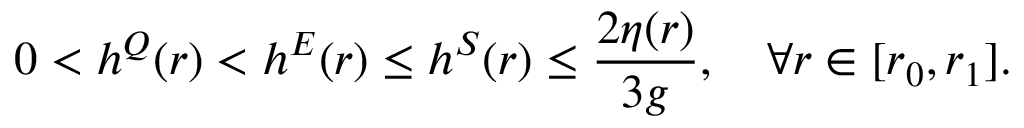
0 < h ^ { Q } ( r ) < h ^ { E } ( r ) \leq h ^ { S } ( r ) \leq \frac { 2 \eta ( r ) } { 3 g } , \quad \forall r \in [ r _ { 0 } , r _ { 1 } ] .